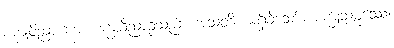
စက္ခုဝိညာဏေ၊ စက္ခုဝိညာဉ်သည်။ အသတိ၊ မရှိခဲ့သော်။ စက္ခုသမ္ဖဿေ၊